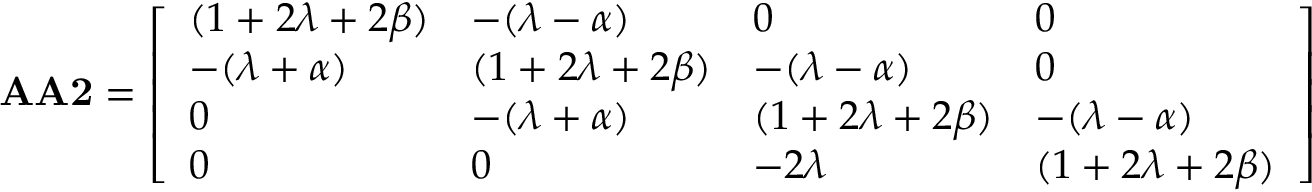
\mathbf { A A 2 } = { \left[ \begin{array} { l l l l } { ( 1 + 2 \lambda + 2 \beta ) } & { - ( \lambda - \alpha ) } & { 0 } & { 0 } \\ { - ( \lambda + \alpha ) } & { ( 1 + 2 \lambda + 2 \beta ) } & { - ( \lambda - \alpha ) } & { 0 } \\ { 0 } & { - ( \lambda + \alpha ) } & { ( 1 + 2 \lambda + 2 \beta ) } & { - ( \lambda - \alpha ) } \\ { 0 } & { 0 } & { - 2 \lambda } & { ( 1 + 2 \lambda + 2 \beta ) } \end{array} \right] }